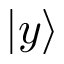
| y \rangle